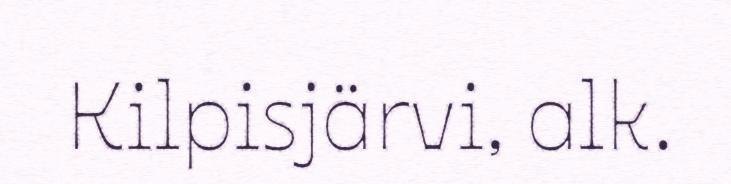
Kilpisjärvi, alk.